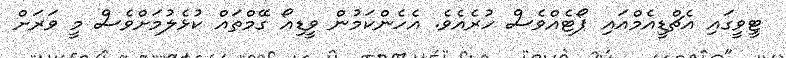
ޓީވީގައި އެޗްޑީއެމްއަައި ޕޯޓެއްވެސް ހުރެއެވެ. އެހެންކަމުން ވީޑިއޯ ގޭމްތައް ކުޅެލުމަށްވެސް މީ ވަރަށް